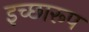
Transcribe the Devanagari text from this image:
इच्छारूप